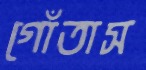
গোঁতাস